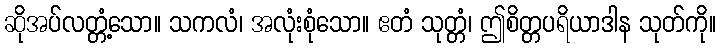
ဆိုအပ်လတ္တံ့သော။ သကလံ၊ အလုံးစုံသော။ ဧတံ သုတ္တံ၊ ဤစိတ္တပရိယာဒါန သုတ်ကို။